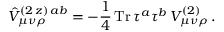
\hat { V } _ { \mu \nu \rho } ^ { ( 2 \, z ) \, a b } = - \frac { 1 } { 4 } \, \mathrm { T r } \, \tau ^ { a } \tau ^ { b } \, V _ { \mu \nu \rho } ^ { ( 2 ) } \, .